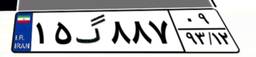
۱۵گ۸۸۷۰۹